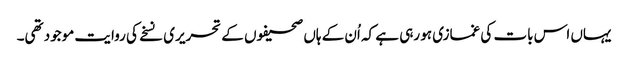
یہاں اس بات کی غمازی ہو رہی ہے کہ اُن کے ہاں صحیفوں کے تحریری نسخے کی روایت موجود تھی۔